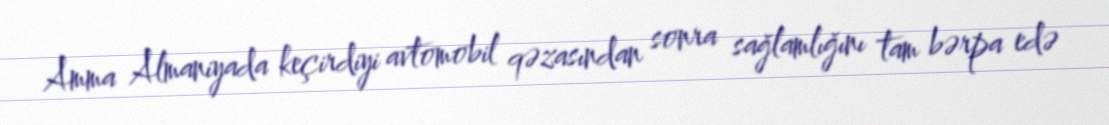
Amma Almaniyada keçirdiyi avtomobil qəzasından sonra sağlamlığını tam bərpa edə